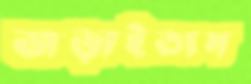
জড়াইতাম